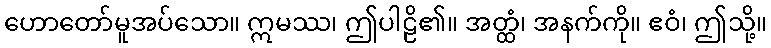
ဟောတော်မူအပ်သော။ ဣမဿ၊ ဤပါဠိ၏။ အတ္ထံ၊ အနက်ကို။ ဧဝံ၊ ဤသို့။